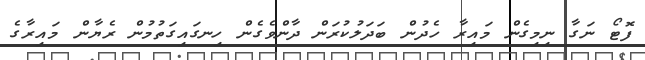
ފޮޓޯ ނަގާ ނިމިގެން މައިރާ ހެދުން ބަދަލުކުރަން ދާންވެގެން ހިނގައިގަތުމުން ރެޔާން މައިރާގެ